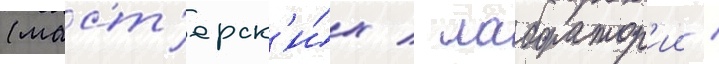
(маст'ерск'и́х / лаборатор'ии /